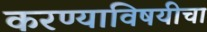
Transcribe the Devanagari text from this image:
करण्याविषयीचा